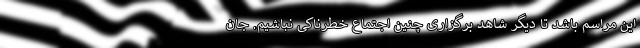
این مراسم باشد تا دیگر شاهد برگزاری چنین اجتماع خطرناکی نباشیم. جان